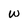
Character: w